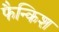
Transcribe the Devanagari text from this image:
फैन्किश